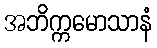
အဘိက္ကမောသာနံ